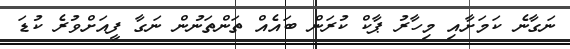
ނަގާނެ ކަމަށާއި މިހާރު ޕާކް ކުރަން ބައެއް ތަންތަނުން ނަގާ ފީއަށްވުރެ ކުޑަ